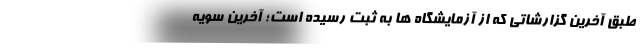
طبق آخرین گزارشاتی که از آزمایشگاه ها به ثبت رسیده است؛ آخرین سویه